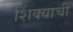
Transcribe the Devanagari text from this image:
शिंक्याची